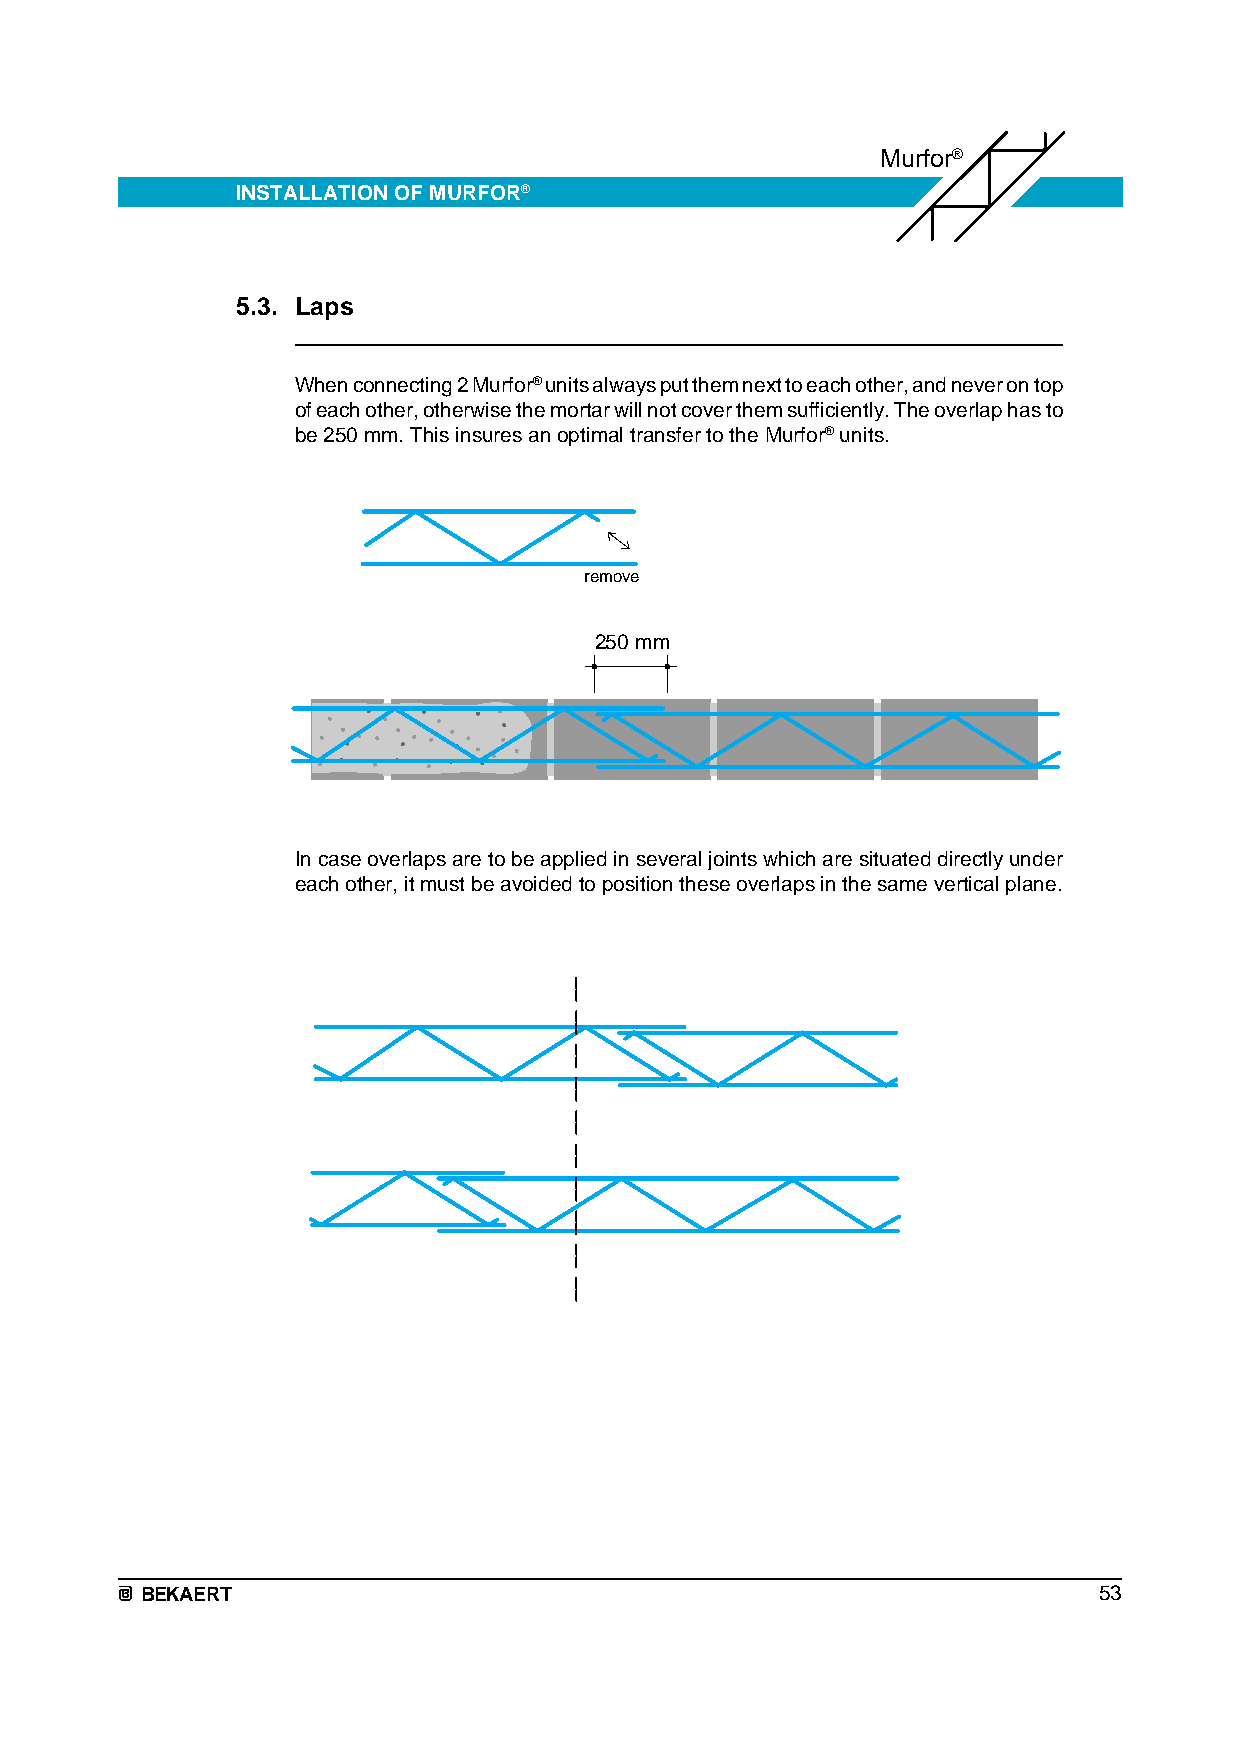
Murfor®
 INSTALLATION OF MURFOR®
 5.3. Laps
 When connecting 2 Murfor® units always put them next to each other, and never on top
 of each other, otherwise the mortar will not cover them sufficiently. The overlap has to
 be 250 mm. This insures an optimal transfer to the Murfor® units.
 remove
 250 mm
 In case overlaps are to be applied in several joints which are situated directly under
 each other, it must be avoided to position these overlaps in the same vertical plane.
 BEKAERT                                                         53